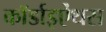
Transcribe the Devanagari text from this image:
कॉर्डाइऐंथस